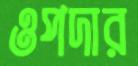
ওপদার